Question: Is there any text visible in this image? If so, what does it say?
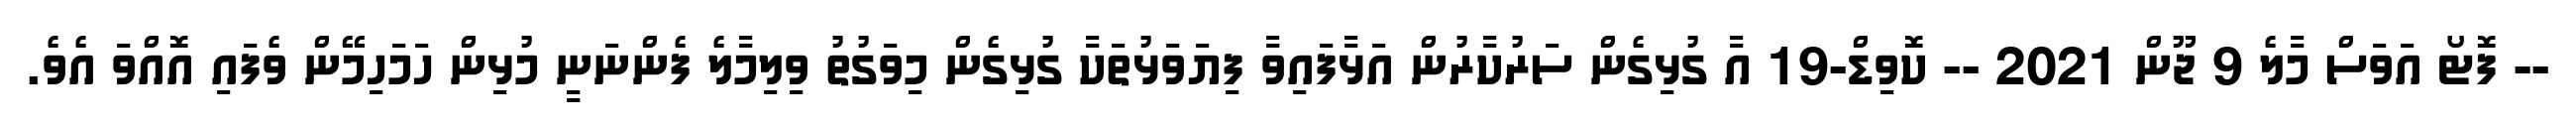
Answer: -- ފޮޓޯ އަވަސް މާލެ 9 ޖޫން 2021 -- ކޮވިޑް-19 އާ ގުޅިގެން ސަރުކާރުން އަޅާފައިވާ ފިޔަވަޅުތަކާ ގުޅިގެން މިވަގުތު ވިލިމާލެ ފެންނަނީ މުޅިން ހަމަހިމޭން ވެފައި އޮއްވަ އެވެ.